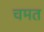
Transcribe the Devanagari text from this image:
चमत